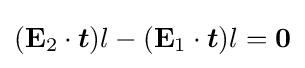
(\mathbf {E} _{2}\cdot {\boldsymbol {t}})l-(\mathbf {E} _{1}\cdot {\boldsymbol {t}})l=\mathbf {0}